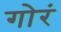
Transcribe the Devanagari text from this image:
गोरं